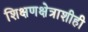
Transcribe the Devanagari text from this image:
शिक्षणक्षेत्राशीही